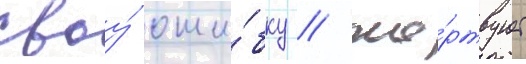
своу́ оши́бку / же́ртвует